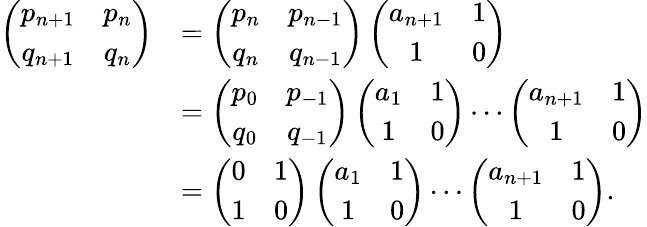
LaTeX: \begin{array}{rl}{\left(\begin{array}{cc}{p_{n+1}}&{p_{n}}\\ {q_{n+1}}&{q_{n}}\end{array}\right)}&{=\left(\begin{array}{cc}{p_{n}}&{p_{n-1}}\\ {q_{n}}&{q_{n-1}}\end{array}\right)\left(\begin{array}{cc}{a_{n+1}}&{1}\\ {1}&{0}\end{array}\right)}\\ &{=\left(\begin{array}{cc}{p_{0}}&{p_{-1}}\\ {q_{0}}&{q_{-1}}\end{array}\right)\left(\begin{array}{cc}{a_{1}}&{1}\\ {1}&{0}\end{array}\right)\cdots\left(\begin{array}{cc}{a_{n+1}}&{1}\\ {1}&{0}\end{array}\right)}\\ &{=\left(\begin{array}{cc}{0}&{1}\\ {1}&{0}\end{array}\right)\left(\begin{array}{cc}{a_{1}}&{1}\\ {1}&{0}\end{array}\right)\cdots\left(\begin{array}{cc}{a_{n+1}}&{1}\\ {1}&{0}\end{array}\right).}\end{array}